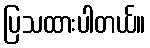
ပြသထားပါတယ်။